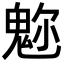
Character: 𩲪